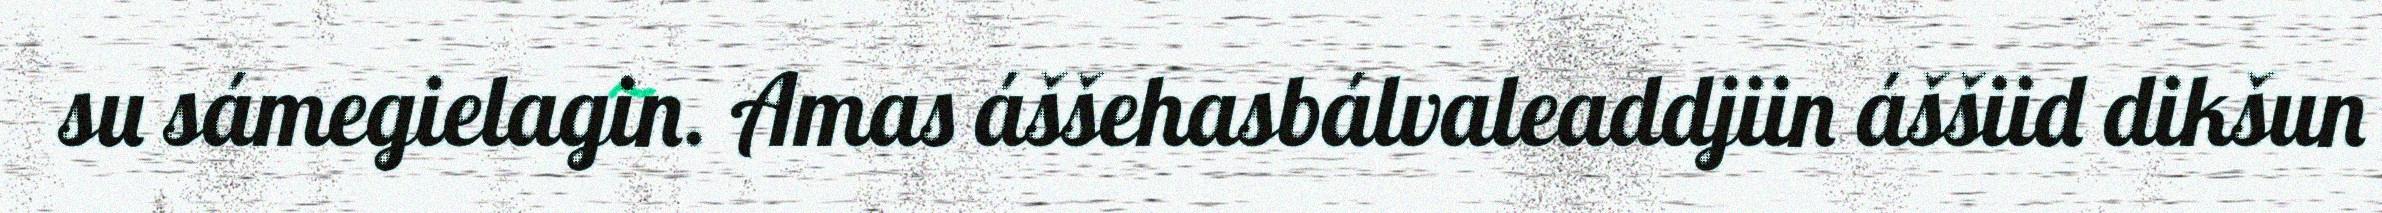
su sámegielagin. Amas áššehasbálvaleaddjiin áššiid dikšun